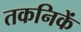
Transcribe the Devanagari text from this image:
तकनिकें